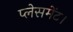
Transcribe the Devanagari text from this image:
प्लेसमेंट।